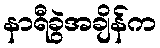
နာရီခွဲအချိန်က